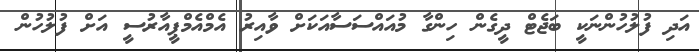
އަދި ފުލުހުންނަކީ ބަޖެޓް ދީގެން ހިންގާ މުއައްސަސާއަކަށް ވާއިރު އެމްއެމްޕީއާރުސީ އަށް ފުލުހުން